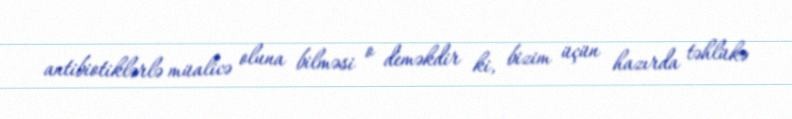
antibiotiklərlə müalicə oluna bilməsi o deməkdir ki, bizim üçün hazırda təhlükə